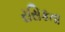
રસિકતા